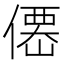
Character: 𠎣